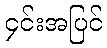
၄င်းအပြင်